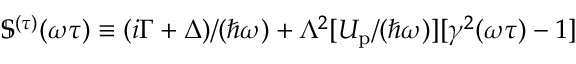
\mathbb { S } ^ { ( \tau ) } ( \omega \tau ) \equiv ( i \Gamma + \Delta ) / ( \hbar \omega ) + \Lambda ^ { 2 } [ U _ { \mathrm { p } } / ( \hbar \omega ) ] [ \gamma ^ { 2 } ( \omega \tau ) - 1 ]